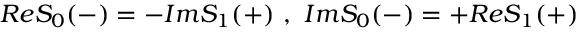
R e S _ { 0 } ( - ) = - I m S _ { 1 } ( + ) \ , \ I m S _ { 0 } ( - ) = + R e S _ { 1 } ( + )